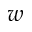
w